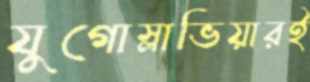
যুগোস্লাভিয়ারই